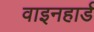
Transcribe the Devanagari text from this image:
वाइनहार्ड